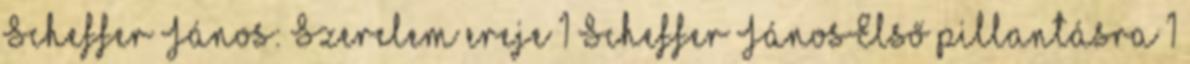
Scheffer János: Szerelem ereje 1 Scheffer JánosElső pillantásra 1